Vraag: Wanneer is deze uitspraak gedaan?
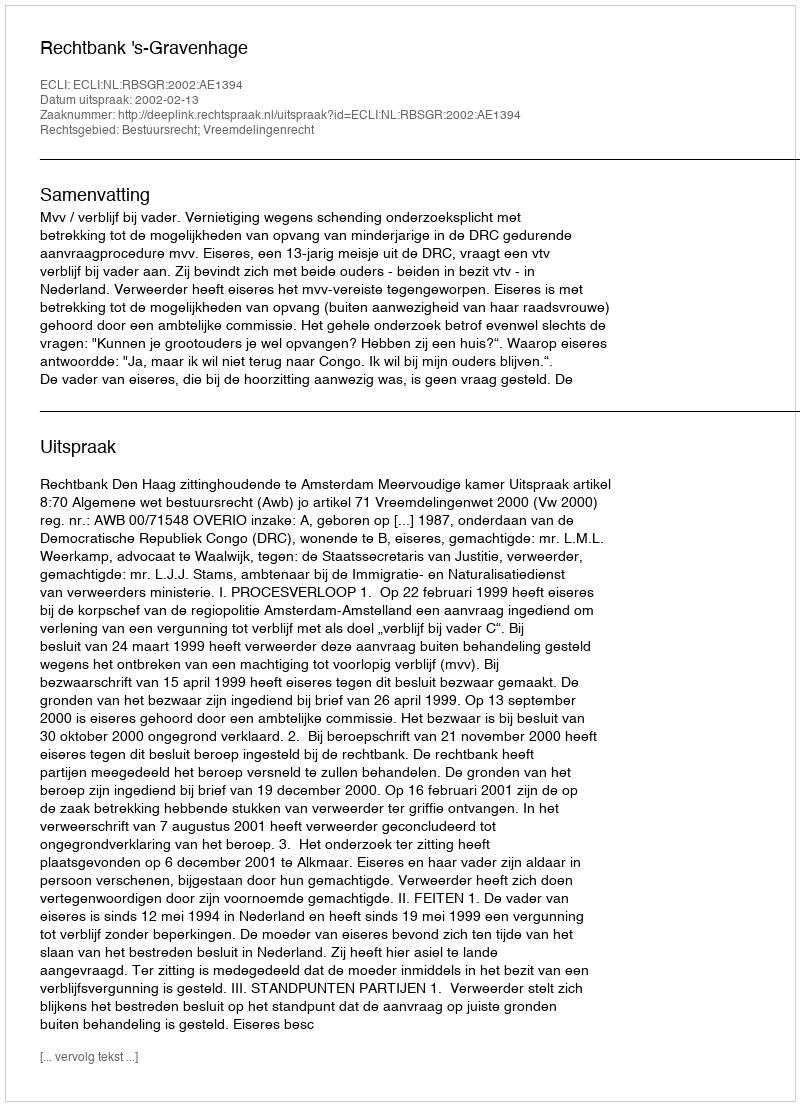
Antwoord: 2002-02-13